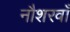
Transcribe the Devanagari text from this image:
नौशरवाँ